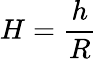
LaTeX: H=\frac hR